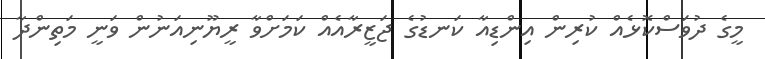
މީގެ ދުވަސްކޮޅެއް ކުރިން އިންޑިއާ ކަނޑުގެ ޖަޒީރާއެއް ކަމަށްވާ ރީޔޫނިއަނުން ވަނީ މަތިންދާ